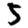
Digit: 5